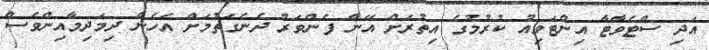
އަދި ސްޓެވާޓާ އިންޓަވިއު ކުރުމުގެ އިތުރަށް އޭނާ ފެންވަރު ދެނެގަތުމަށް އެހެން ދިމަދިމާއިންވެސް